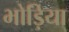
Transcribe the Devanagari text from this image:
भोड़िया